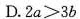
D.$$2 a ≥ 3 b$$